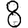
Digit: 8